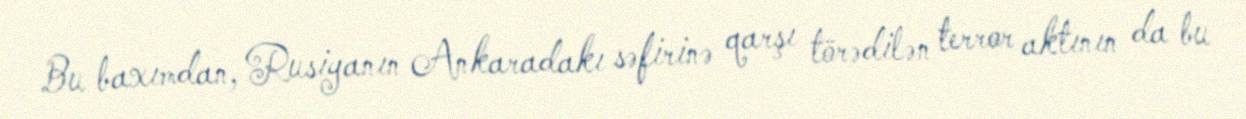
Bu baxımdan, Rusiyanın Ankaradakı səfirinə qarşı törədilən terror aktının da bu